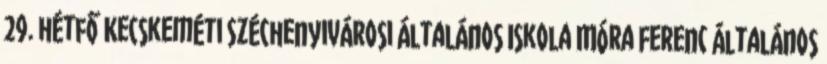
29. hétfő Kecskeméti Széchenyivárosi Általános Iskola Móra Ferenc Általános